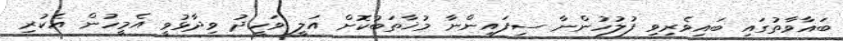
ބަޣާވާތުގައި ބައިވެރިވި ފުލުހުންނާ ސިފައިންނާ މުޚާތަބުކޮށް އަލީ ވަހީދު ވިދާޅުވީ އެމީހުން އެކުރި